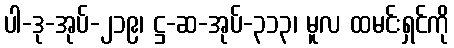
ပါ-ဒု-အုပ်-၂၁၉၊ ဋ္ဌ-ဆ-အုပ်-၃၁၃၊ မူလ ထမင်းရှင်ကို